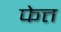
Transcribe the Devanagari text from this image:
फेत्त